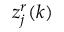
z _ { j } ^ { r } ( k )